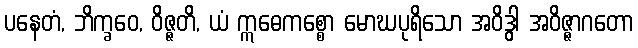
ပနေတံ, ဘိက္ခဝေ, ဝိဇ္ဇတိ, ယံ ဣဓေကစ္စော မောဃပုရိသော အဝိဒွါ အဝိဇ္ဇာဂတော